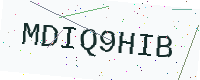
Text: MDIQ9HIB